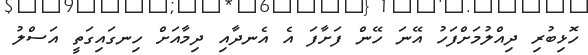
ހޮޅިބުރި ދިއްލުމަށްފަހު އޭނަ ހޭން ފަށާފަ އެ އެނދާއި ދިމާއަށް ހިނގައިގަތީ އަސްލު